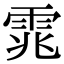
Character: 雿